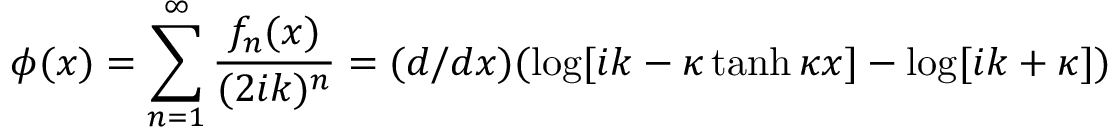
\phi ( x ) = \sum _ { n = 1 } ^ { \infty } { \frac { f _ { n } ( x ) } { ( 2 i k ) ^ { n } } } = ( d / d x ) ( \log [ i k - \kappa \operatorname { t a n h } \kappa x ] - \log [ i k + \kappa ] )